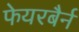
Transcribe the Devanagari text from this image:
फेयरबैर्न